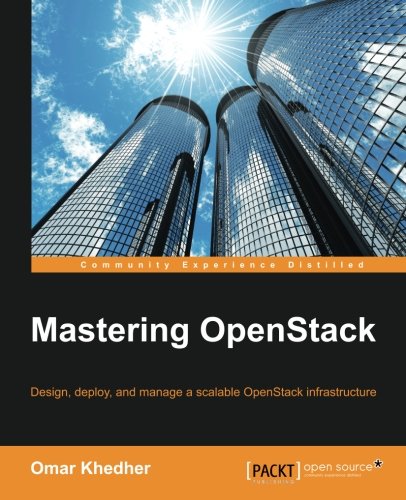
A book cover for Mastering OpenStack; Omar Khedher; Computers & Technology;